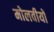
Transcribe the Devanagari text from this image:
मोलवीयों